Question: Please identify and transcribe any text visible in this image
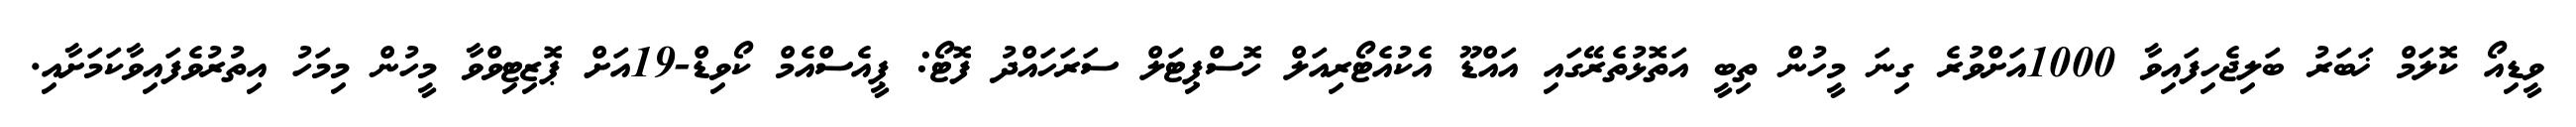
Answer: ވީޑިއޯ ކޮލަމް ޚަބަރު ބަލިޖެހިފައިވާ 1000އަށްވުރެ ގިނަ މީހުން ތިބީ އަތޮޅުތެރޭގައި އައްޑޫ އެކުއެޓޯރިއަލް ހޮސްޕިޓަލް ސަރަހައްދު ފޮޓޯ: ޕީއެސްއެމް ކޯވިޑް-19އަށް ޕޮޒިޓިވްވާ މީހުން މިމަހު އިތުރުވެފައިވާކަމަށާއި.